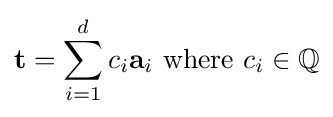
\mathbf {t} =\sum _{i=1}^{d}c_{i}\mathbf {a} _{i}{\text{ where }}c_{i}\in \mathbb {Q}